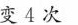
变4次